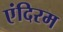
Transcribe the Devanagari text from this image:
एंदिरम